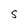
Character: S